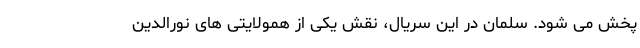
پخش می شود. سلمان در این سریال، نقش یکی از همولایتی های نورالدین